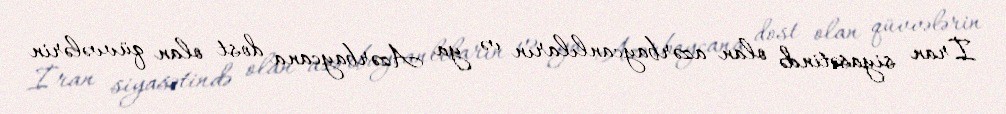
İran siyasətində olan azərbaycanlıların və ya Azərbaycana dost olan qüvvələrin